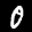
Label: 0